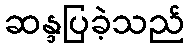
ဆန္ဒပြခဲ့သည်